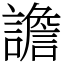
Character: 譫